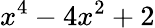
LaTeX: x^{4}-4x^{2}+2